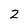
Character: 2